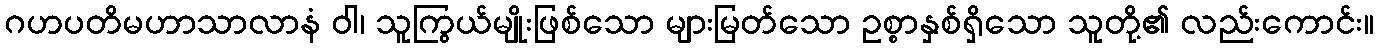
ဂဟပတိမဟာသာလာနံ ဝါ၊ သူကြွယ်မျိုးဖြစ်သော များမြတ်သော ဥစ္စာနှစ်ရှိသော သူတို့၏ လည်းကောင်း။